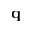
{ \mathbf q }